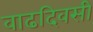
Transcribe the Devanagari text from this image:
वाढदिवसी